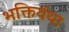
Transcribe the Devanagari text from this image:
भक्तिर्यथा